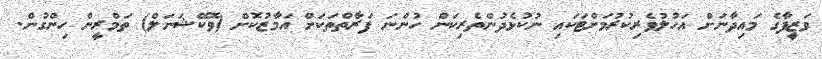
ވަޒީފާގެ މައިދާނަށް އަހުލުވެރިކުރުމަށްޓަކައި ނުކުޅެދުންތެރިކަން ހުންނަ ފަރާތްތަކަށް އަމާޒުކޮށް (ވޮކޭޝަނަލް) ތަމްރީން ހިންގުން.